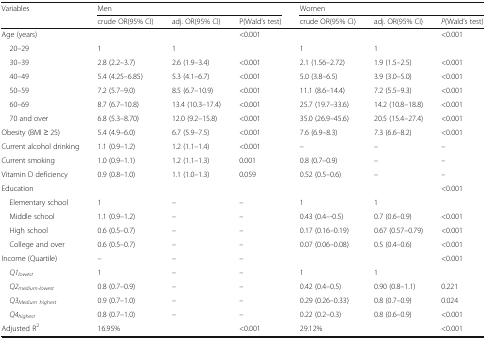
<table><thead><tr><td rowspan="2"><b>Variables</b></td><td colspan="3"><b>Men</b></td><td colspan="3"><b>Women</b></td></tr><tr><td><b>crude OR(95% CI)</b></td><td><b>adj. OR(95% CI)</b></td><td><b>P(Wald’s test)</b></td><td><b>crude OR(95% CI)</b></td><td><b>adj. OR(95% CI)</b></td><td><b><i>P</i>(Wald’s test)</b></td></tr></thead><tbody><tr><td>Age (years)</td><td></td><td></td><td>&lt;0.001</td><td></td><td></td><td>&lt;0.001</td></tr><tr><td> 20–29</td><td>1</td><td>1</td><td></td><td>1</td><td>1</td><td></td></tr><tr><td> 30–39</td><td>2.8 (2.2–3.7)</td><td>2.6 (1.9–3.4)</td><td>&lt;0.001</td><td>2.1 (1.56–2.72)</td><td>1.9 (1.5–2.5)</td><td>&lt;0.001</td></tr><tr><td> 40–49</td><td>5.4 (4.25–6.85)</td><td>5.3 (4.1–6.7)</td><td>&lt;0.001</td><td>5.0 (3.8–6.5)</td><td>3.9 (3.0–5.0)</td><td>&lt;0.001</td></tr><tr><td> 50–59</td><td>7.2 (5.7–9.0)</td><td>8.5 (6.7–10.9)</td><td>&lt;0.001</td><td>11.1 (8.6–14.4)</td><td>7.2 (5.5–9.3)</td><td>&lt;0.001</td></tr><tr><td> 60–69</td><td>8.7 (6.7–10.8)</td><td>13.4 (10.3–17.4)</td><td>&lt;0.001</td><td>25.7 (19.7–33.6)</td><td>14.2 (10.8–18.8)</td><td>&lt;0.001</td></tr><tr><td> 70 and over</td><td>6.8 (5.3–8.70)</td><td>12.0 (9.2–15.8)</td><td>&lt;0.001</td><td>35.0 (26.9–45.6)</td><td>20.5 (15.4–27.4)</td><td>&lt;0.001</td></tr><tr><td>Obesity (BMI ≥ 25)</td><td>5.4 (4.9–6.0)</td><td>6.7 (5.9–7.5)</td><td>&lt;0.001</td><td>7.6 (6.9–8.3)</td><td>7.3 (6.6–8.2)</td><td>&lt;0.001</td></tr><tr><td>Current alcohol drinking</td><td>1.1 (0.9–1.2)</td><td>1.2 (1.1–1.4)</td><td>&lt;0.001</td><td>–</td><td>–</td><td>–</td></tr><tr><td>Current smoking</td><td>1.0 (0.9–1.1)</td><td>1.2 (1.1–1.3)</td><td>0.001</td><td>0.8 (0.7–0.9)</td><td>–</td><td>–</td></tr><tr><td>Vitamin D deficiency</td><td>0.9 (0.8–1.0)</td><td>1.1 (1.0–1.3)</td><td>0.059</td><td>0.52 (0.5–0.6)</td><td>–</td><td>–</td></tr><tr><td>Education</td><td></td><td></td><td></td><td></td><td></td><td>&lt;0.001</td></tr><tr><td> Elementary school</td><td>1</td><td>–</td><td>–</td><td>1</td><td>1</td><td></td></tr><tr><td> Middle school</td><td>1.1 (0.9–1.2)</td><td>–</td><td>–</td><td>0.43 (0.4–-0.5)</td><td>0.7 (0.6–0.9)</td><td>&lt;0.001</td></tr><tr><td> High school</td><td>0.6 (0.5–0.7)</td><td>–</td><td>–</td><td>0.17 (0.16–0.19)</td><td>0.67 (0.57–0.79)</td><td>&lt;0.001</td></tr><tr><td> College and over</td><td>0.6 (0.5–0.7)</td><td>–</td><td>–</td><td>0.07 (0.06–0.08)</td><td>0.5 (0.4–0.6)</td><td>&lt;0.001</td></tr><tr><td>Income (Quartile)</td><td>–</td><td>–</td><td>–</td><td></td><td></td><td>&lt;0.001</td></tr><tr><td><i> Q1</i><sub><i>lowest</i></sub></td><td>1</td><td>–</td><td>–</td><td>1</td><td>1</td><td></td></tr><tr><td><i> Q2</i><sub><i>medium-lowest</i></sub></td><td>0.8 (0.7–0.9)</td><td>–</td><td>–</td><td>0.42 (0.4–0.5)</td><td>0.90 (0.8–1.1)</td><td>0.221</td></tr><tr><td><i> Q3</i><sub><i>Medium highest</i></sub></td><td>0.9 (0.7–1.0)</td><td>–</td><td>–</td><td>0.29 (0.26–0.33)</td><td>0.8 (0.7–0.9)</td><td>0.024</td></tr><tr><td><i> Q4</i><sub><i>highest</i></sub></td><td>0.8 (0.7–1.0)</td><td>–</td><td>–</td><td>0.22 (0.2–0.3)</td><td>0.8 (0.6–0.9)</td><td>&lt;0.001</td></tr><tr><td>Adjusted R<sup>2</sup></td><td colspan="2">16.95%</td><td>&lt;0.001</td><td colspan="2">29.12%</td><td>&lt;0.001</td></tr></tbody></table>